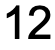
12